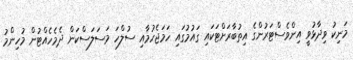
މަނިކު ވިދާޅުވީ އިންވެސްޓަރުންގެ އިތުބާރަށްޓަކައި ގައުމުގައި ހަމަޖެހުމާއި ސުލްހަ މަސަލަސްކަން ދެމެހެއްޓުން މުހިންމު